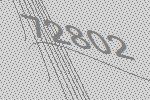
72802